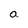
Character: a